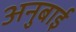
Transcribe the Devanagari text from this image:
अनुबाई